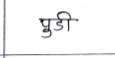
मजकूर: पुडी